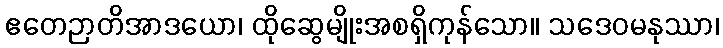
ဧတေဉာတိအာဒယော၊ ထိုဆွေမျိုးအစရှိကုန်သော။ သဒေဝမနုဿာ၊